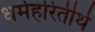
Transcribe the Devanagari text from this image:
धर्महरितीर्थ